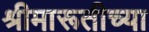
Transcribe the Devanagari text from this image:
श्रीमारूतीच्या